Scottish Leaving Certificate Examination, 1959
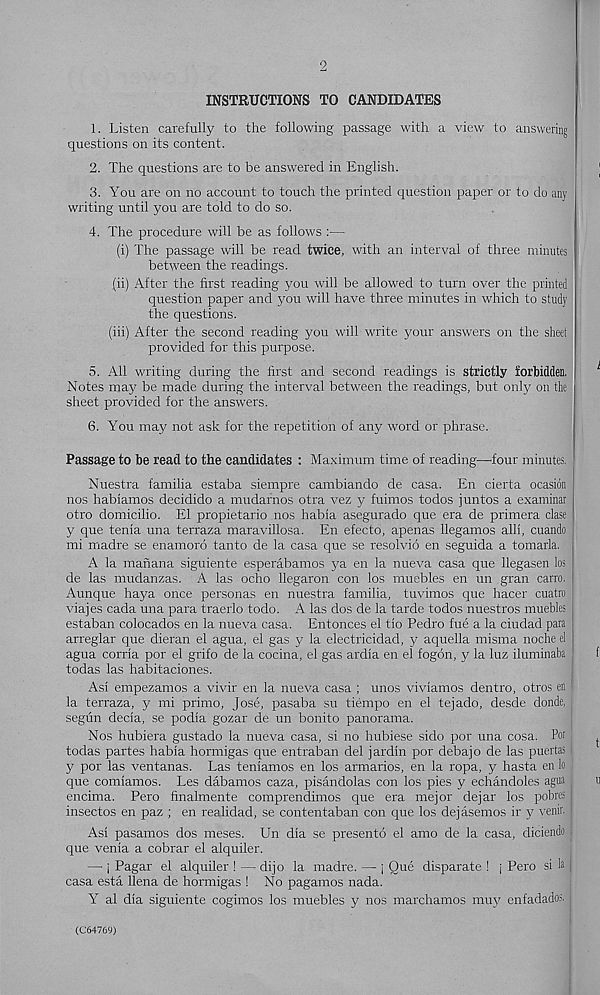
2
INSTRUCTIONS TO CANDIDATES
1. Listen carefully to the following passage with a view to answering
questions on its content.
2. The questions are to be answered in English.
3. You are on no account to touch the printed question paper or to do any
writing until you are told to do so.
4. The procedure will be as follows :—
(i) The passage will be read twice, with an interval of three minutes
between the readings.
(ii) After the first reading you will be allowed to turn over the printed
question paper and you will have three minutes in which to study
the questions.
(hi) After the second reading you will write your answers on the sheet
provided for this purpose.
5. All writing during the first and second readings is strictly forbidden.
Notes may be made during the interval between the readings, but only on the
sheet provided for the answers.
6. You may not ask for the repetition of any word or phrase.
Passage to be read to the candidates : Maximum time of reading—four minutes.
Nuestra familia estaba siempre cambiando de casa. En cierta ocasion
nos habiamos decidido a mudarnos otra vez y fuimos todos juntos a examinat
otro domicilio. El propietario nos habia asegurado que era de primera clase
y que tenia una terraza maravillosa. En efecto, apenas llegamos alii, cuando
mi nradre se enamoro tanto de la casa que se resolvio en seguida a tomarla.
A la mahana siguiente esperabamos ya en la nueva casa que llegasen los
de las mudanzas. A las ocho llegaron con los muebles en un gran carro.
Aunque haya once personas en nuestra familia, tuvimos que hacer cuatro
viajes cada una para traerlo todo. A las dos de la tarde todos nuestros muebles
estaban colocados en la nueva casa. Entonces el tio Pedro fue a la ciudad para
arreglar que dieran el agua, el gas y la electricidad, y aquella misma noche el
agua corria por el grifo de la cocina, el gas ardia en el fogon, y la luz iluminaba
todas las habitaciones.
Asi empezamos a vivir en la nueva casa ; unos vivlamos dentro, otros en !
la terraza, y mi primo, Jose, pasaba su tiempo en el tejado, desde dpnde,
segun decia, se podia gozar de un bonito panorama.
Nos hubiera gustado la nueva casa, si no hubiese sido por una cosa. For
todas partes habia hormigas que entraban del jardln por debajo de las puertas
y por las ventanas. Las tenlamos en los armarios, en la ropa, y hasta en lo j
que comlamos. Les dabamos caza, pisandolas con los pies y echandoles agua
encima. Pero finalmente comprendimos que era mejor dejar los pobres |
insectos en paz ; en realidad, se contentaban con que los dejasemos ir y yenir.
As! pasamos dos meses. Un dla se presento el amo de la casa, diciendo j
que venla a cobrar el alquiler.
— j Pagar el alquiler ! — dijo la madre. — j Que disparate ! j Pero si la
casa esta llena de hormigas ! No pagamos nada.
Y al dla siguiente cogimos los muebles y nos marchamos muy enfadados. i
(C64769)